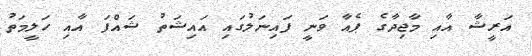
އަރީޝާ އާއި މާޖިދާގެ ޕެއާ ވަނީ ފައިނަލުގައި އައިޝަތު ޝައްފަ އާއި ހަލީމަތު